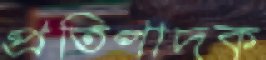
প্রতিপাদক